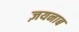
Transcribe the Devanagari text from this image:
ज़यनाब